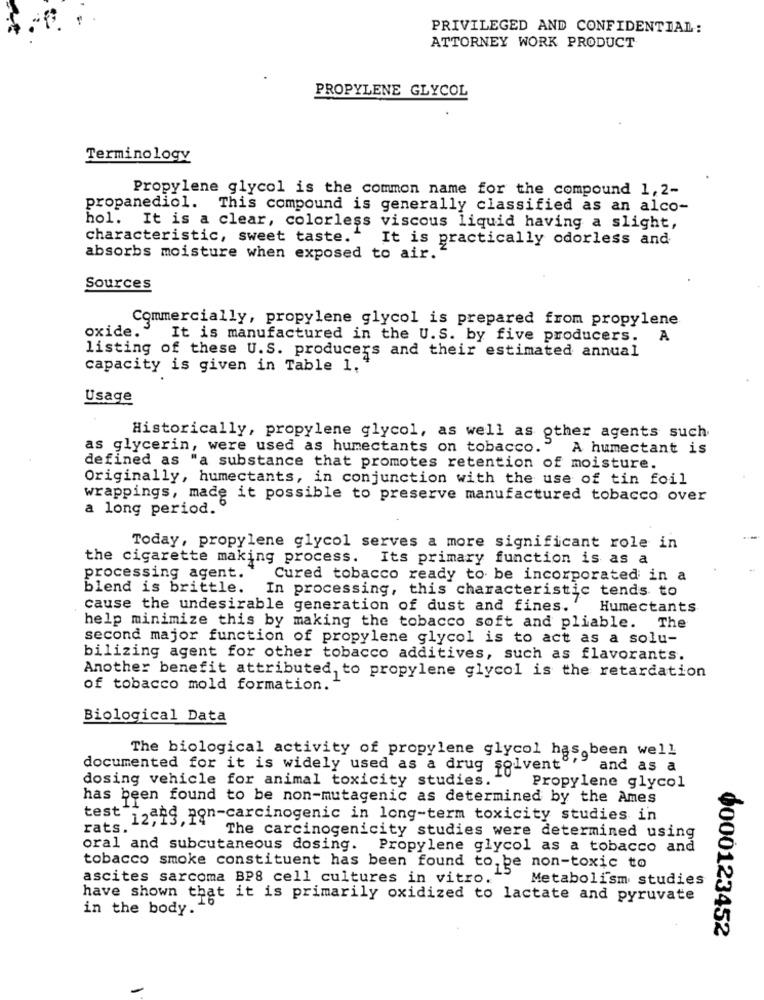
PRIVILEGED AND CONFIDENTIAL:
ATTORNEY WORK PRODUCT
PROPYLENE GLYCOL
Terminology
Propylene glycol is the common name for the compound 1,2-
propanediol. This compound is generally classified as an alco-
hol. It is a clear, colorless viscous liquid having a slight,
characteristic, sweet taste. "
It is practically odorless and
absorbs moisture when exposed to air.
Sources
Commercially, propylene glycol is prepared from propylene
oxide.
It is manufactured in the U.S. by five producers. A
listing of these U.S. producers and their estimated annual
capacity is given in Table 1.
Usage
Historically, propylene glycol, as well as other agents such
as glycerin, were used as humectants on tobacco.
A humectant is
defined as "a substance that promotes retention of moisture.
Originally, humectants, in conjunction with the use of tin foil
wrappings, made it possible to preserve manufactured tobacco over
a long period. º
Today, propylene glycol serves a more significant role in
the cigarette making process. Its primary function is as a
processing agent.
Cured tobacco ready to be incorporated in a
blend is brittle.
In processing, this characteristic tends to
cause the undesirable generation of dust and fines."
Humectants
help minimize this by making the tobacco soft and pliable. The
second major function of propylene glycol is to act as a solu-
bilizing agent for other tobacco additives, such as flavorants.
Another benefit attributed, to propylene glycol is the retardation
of tobacco mold formation.
Biological Data
The biological activity of propylene glycol has been well
documented for it is widely used as a drug solvent"
" and as a
dosing vehicle for animal toxicity studies.
Propylene glycol
has been found to be non-mutagenic as determined by the Ames
test 12and non-carcinogenic in long-term toxicity studies in
rats."
The carcinogenicity studies were determined using
oral and subcutaneous dosing. Propylene glycol as a tobacco and
tobacco smoke constituent has been found to be non-toxic to
ascites sarcoma BP8 cell cultures in vitro.
Metabolism studies
have shown that it is primarily oxidized to lactate and pyruvate
in the body.
0000123452